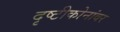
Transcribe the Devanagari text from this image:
दृष्टीकोनांवर